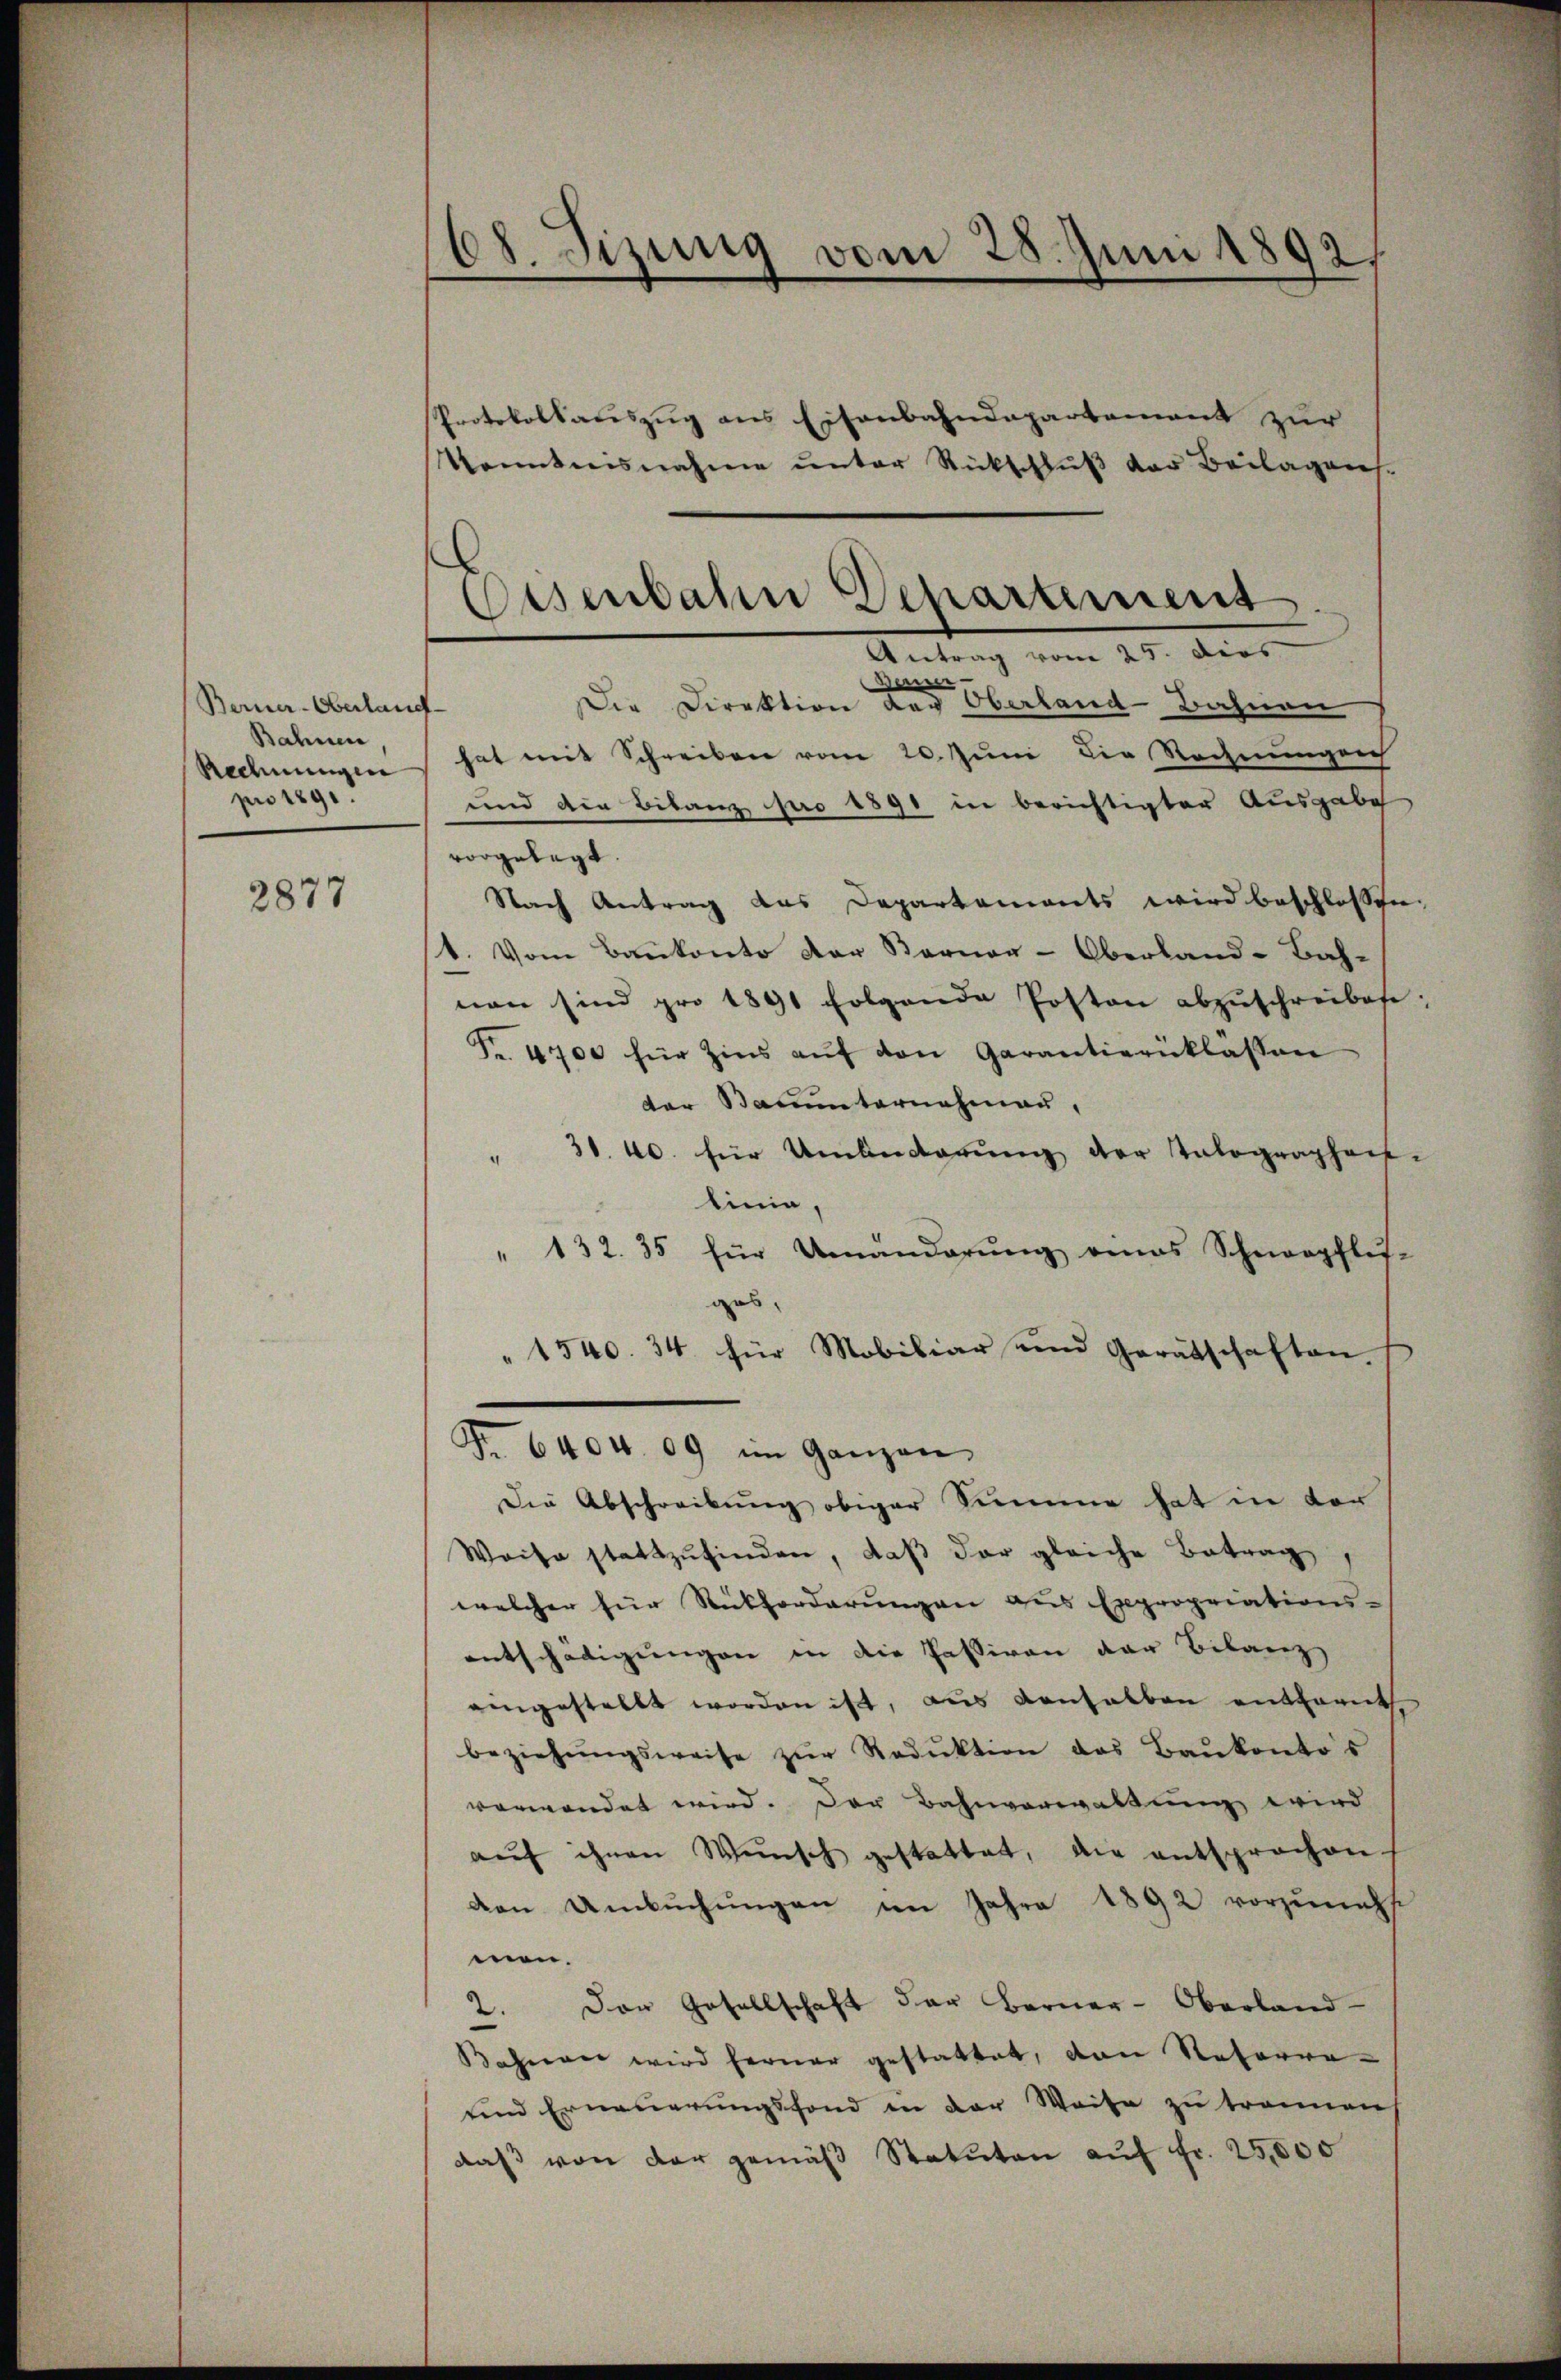
Berner-Oberlang
Bahnen
Rechnungen
pro 1891.

2877

68. Sizung vom 28. Juni 1892,

Eisenbahn Departement

40. Der
ne
.
Die Direktion der Oberland Bahnen
hat mit Schreiben vom 20. Juni die Rechnungen
und die Bilanz pro 1890 in berichtigter Ausgabe
vorgelegt.
Nach Antrag das Departements wird beschlossen
1. Vom Bankonto der Berner-Oberland-Bah-
non sind pro 1891 folgende Posten abzŭschreibese
Fr. 4700 für Zins aŭf den Garantiernklassen
der Stammternahmen,
" 30. 40. für Umbedarŭng der Talographen-
linie,
" 132. 35 für Umänderŭng eines Schnerpflis-
gas.
1540. 34 für Mobiliar und Gerätschaften.
Nr. 6404. 09 im Ganzen,
Die Abschreibung obiger Summe hat in vor
Weise stattzŭfinden, daβ der gleiche Betrag,
welcher für Rückforderungen aus Expropriations-
entschädigungen in die Passiven der Bilanz
eingestellt worden ist, aus anhalben entfernt.
beziehŭngsweise zŭr Reduktion des Baŭkontos
verwendet wird. Der Bahnverwaltung wird
aŭf ihnen Wünsch gestattet, die entsprochen
den Umbŭchŭngen im Jahre 1892 vorzunehs
men.
2. Der Gesellschaft der Berner-Oberland-
Bahner wird ferner gestattet, von Retorre-
und Erneuerungsfond in der Weise zu trennen
daß von der gemäβ Statuten auf Fr. 25,000

Protokollsauszug aus Eisenbahndepartement zur
Kenntnisnahme unter Rückschluß der Beilagens